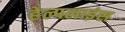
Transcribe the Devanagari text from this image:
हेल्पलाइंस